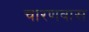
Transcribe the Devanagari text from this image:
चारणवास